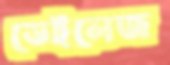
ডেইলেজ